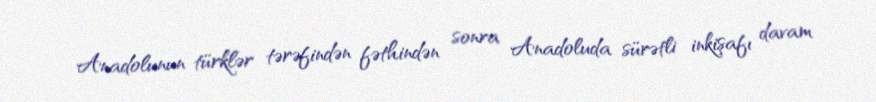
Anadolunun türklər tərəfindən fəthindən sonra Anadoluda sürətli inkişafı davam